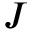
J